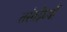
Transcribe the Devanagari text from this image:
तरंगदैर्घ्यों